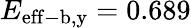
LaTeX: E_{\mathrm{eff-b,y}}=0.689